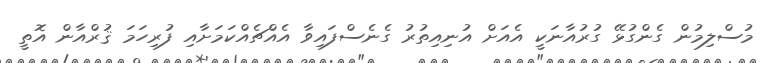
މުސްލިމުން ގެންގުޅޭ ގުރުއާނަކީ އެއަށް އުނިއިތުރު ގެނެސްފައިވާ އެއްޗެއްކަމަށާއި ފުރިހަމަ ޤުރްއާން އޮތީ